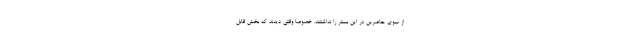
از سوی حاضرین در این بستر را نداشتند. خصوصا وقتی دیدند که بخش قابل